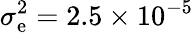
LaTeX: \sigma_{\mathrm{e}}^{2}=2.5\times10^{-5}